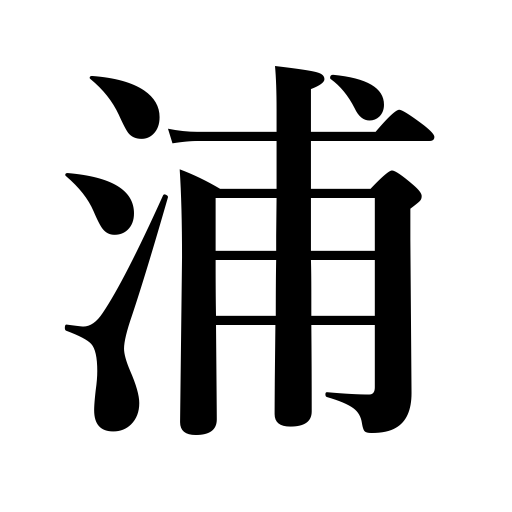
Meanings: gulf,creek,bay,inlet,seacoast,beach